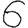
Digit: 6